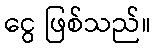
ငွေ ဖြစ်သည်။